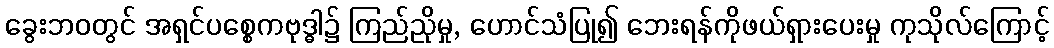
ခွေးဘဝတွင် အရှင်ပစ္စေကဗုဒ္ဓါ၌ ကြည်ညိုမှု, ဟောင်သံပြု၍ ဘေးရန်ကိုဖယ်ရှားပေးမှု ကုသိုလ်ကြောင့်